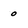
Character: 0